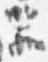
器